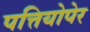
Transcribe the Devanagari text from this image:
पत्तियोपेर